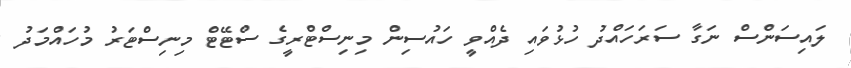
ލައިސަންސް ނަގާ ސަރަހައްދު ހުޅުވައި ދެއްވީ ހައުސިން މިނިސްޓްރީގެ ސްޓޭޓް މިނިސްޓަރު މުހައްމަދު